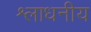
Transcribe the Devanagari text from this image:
श्लाधनीय